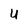
Character: U